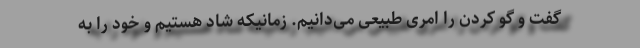
گفت و گو کردن را امری طبیعی می‌دانیم. زمانیکه شاد هستیم و خود را به